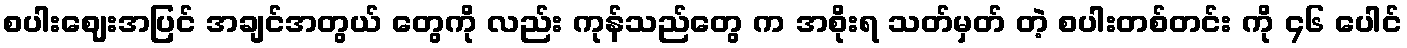
စပါးဈေးအပြင် အချင်အတွယ် တွေကို လည်း ကုန်သည်တွေ က အစိုးရ သတ်မှတ် တဲ့ စပါးတစ်တင်း ကို ၄၆ ပေါင်